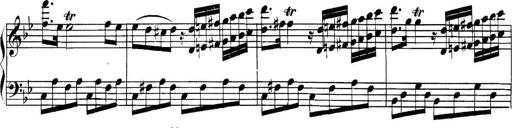
Title: Collected Piano Sonatas
Composer: Muzio Clementi